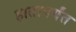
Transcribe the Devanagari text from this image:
हातापर्यंत